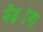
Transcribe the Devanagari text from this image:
मेंढ्यांना